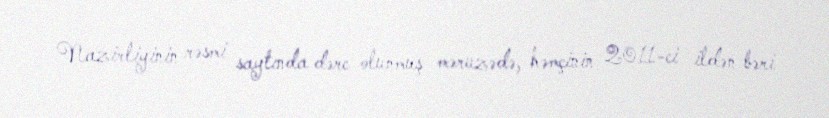
Nazirliyinin rəsmi saytında dərc olunmuş məruzədə, həmçinin 2011-ci ildən bəri